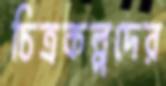
চিত্রকল্পদের